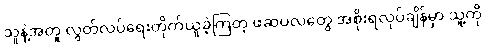
သူနဲ့အတူ လွတ်လပ်ရေးတိုက်ယူခဲ့ကြတဲ့ ဖဆပလတွေ အစိုးရလုပ်ချိန်မှာ သူ့ကို